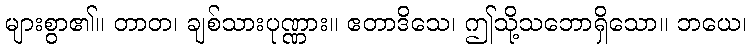
များစွာ၏။ တာတ၊ ချစ်သားပုဏ္ဏား။ ဧတာဒိသေ၊ ဤသို့သဘောရှိသော။ ဘယေ၊